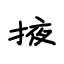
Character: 掖